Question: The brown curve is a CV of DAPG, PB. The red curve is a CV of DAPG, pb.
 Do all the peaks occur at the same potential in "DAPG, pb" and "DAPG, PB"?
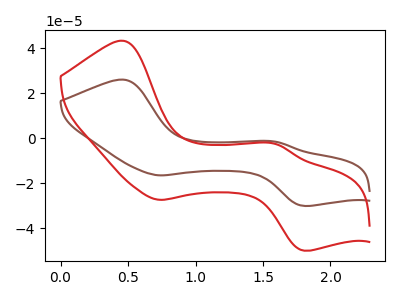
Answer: <think>The brown curve "DAPG, PB" has anodic peaks at (0.45V, 26.05uA) (1.60V, -1.50uA) and cathodic peaks at (0.75V, -16.40uA) (1.80V, -30.00uA). The red curve "DAPG, pb" has anodic peaks at (0.45V, 43.25uA) (1.60V, -2.50uA) and cathodic peaks at (0.75V, -27.25uA) (1.80V, -49.80uA).</think>
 <answer>Yes, "DAPG, pb" have a peak in "DAPG, PB" at the same potential.</answer>
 <eval>match</eval>